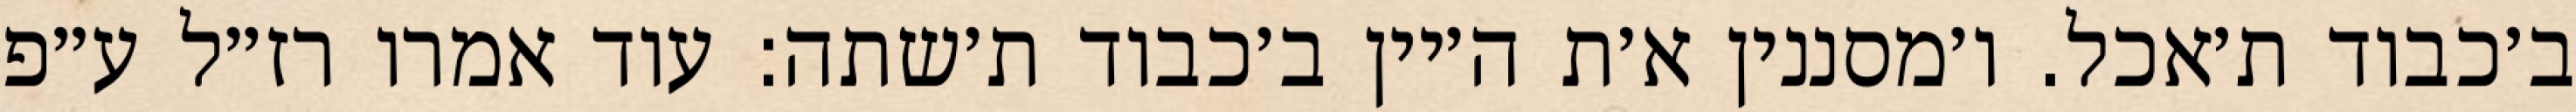
ב׳כבוד ת׳אכל. ו׳מסננין א׳ת ה׳יין ב׳כבוד ת׳שתה: עוד אמרו רז״ל ע״פ